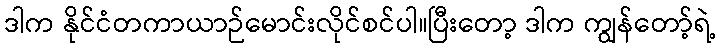
ဒါက နိုင်ငံတကာယာဉ်မောင်းလိုင်စင်ပါ။ပြီးတော့ ဒါက ကျွန်တော့်ရဲ့